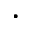
\cdot